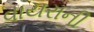
વાયરાની